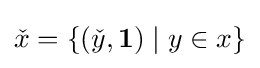
{\check {x}}=\{({\check {y}},\mathbf {1} )\mid y\in x\}